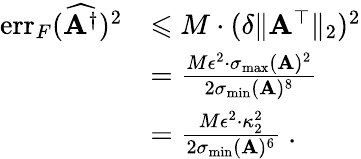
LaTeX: \begin{array}{rl}{\mathrm{err}_{F}(\widehat{\mathbf{A}^{\dagger}})^{2}}&{\leqslant M\cdot(\delta\| \mathbf{A}^{\top}\| _{2})^{2}}\\ &{=\frac{M\epsilon^{2}\cdot\sigma_{\mathrm{max}}(\mathbf{A})^{2}}{2\sigma_{\mathrm{min}}(\mathbf{A})^{8}}}\\ &{=\frac{M\epsilon^{2}\cdot\kappa_{2}^{2}}{2\sigma_{\mathrm{min}}(\mathbf{A})^{6}}\ .}\end{array}